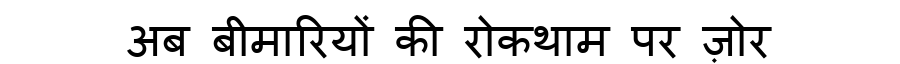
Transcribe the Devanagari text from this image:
अब बीमारियों की रोकथाम पर ज़ोर